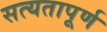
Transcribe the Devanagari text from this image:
सत्यतापूर्ण